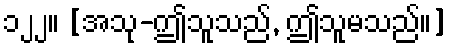
၁၂၂။ [အသု-ဤသူသည်, ဤသူမသည်။]